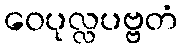
ဝေပုလ္လပဗ္ဗတံ